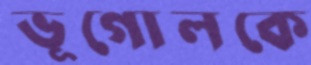
ভূগোলকে